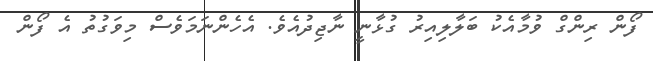
ފޯން ރިންގް ވުމާއެކު ބަލާލިއިރު ގުޅާނީ ނާޖިދުއެވެ. އެހެންނަމަވެސް މިވަގުތު އެ ފޯން